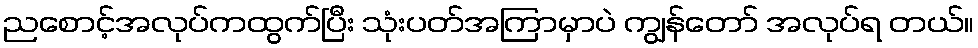
ညစောင့်အလုပ်ကထွက်ပြီး သုံးပတ်အကြာမှာပဲ ကျွန်တော် အလုပ်ရ တယ်။